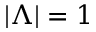
| \Lambda | = 1